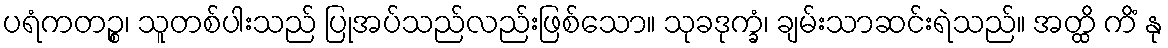
ပရံကတဉ္စ၊ သူတစ်ပါးသည် ပြုအပ်သည်လည်းဖြစ်သော။ သုခဒုက္ခံ၊ ချမ်းသာဆင်းရဲသည်။ အတ္ထိ ကိံ နု